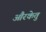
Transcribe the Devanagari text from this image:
औरकेतु